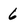
Character: 6